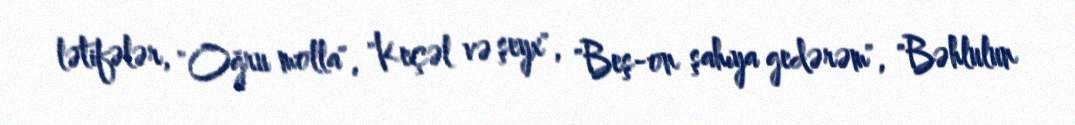
lətifələr, "Oğru molla", "Keçəl və şeyx", "Beş-on şahıya gedərəm", "Bəhlulun